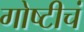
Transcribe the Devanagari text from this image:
गोष्टीचं